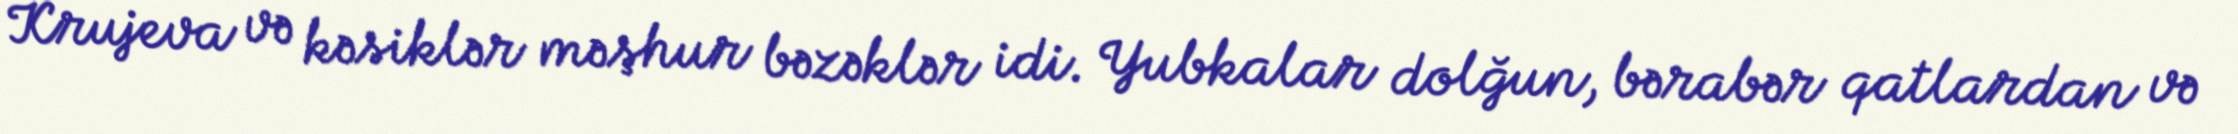
Krujeva və kəsiklər məşhur bəzəklər idi. Yubkalar dolğun, bərabər qatlardan və